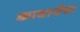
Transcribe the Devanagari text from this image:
काबायेवा